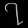
Digit: ၇